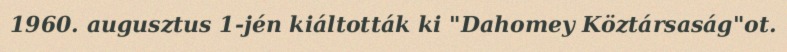
1960. augusztus 1-jén kiáltották ki "Dahomey Köztársaság"ot.